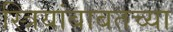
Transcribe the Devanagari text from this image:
स्त्रियांबाबतच्या